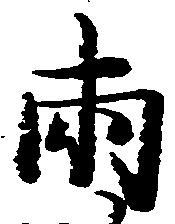
両